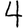
Digit: 4